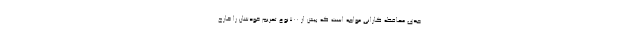
جدی محافظه کارانی مواجه است که بیش از ۷۰۰نوع تحریم خودشان را خارج